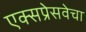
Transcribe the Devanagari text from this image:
एक्सप्रेसवेचा